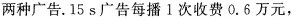
两种广告。15 s广告每播1次收费0.6万元，